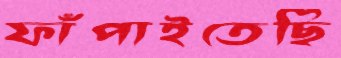
ফাঁপাইতেছি